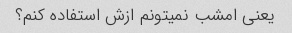
یعنی امشب نمیتونم ازش استفاده کنم؟